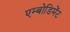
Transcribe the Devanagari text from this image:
एम्बोडिमेंट